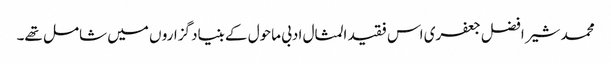
محمد شیر افضل جعفری اس فقید المثال ادبی ماحول کے بنیاد گزارو ں میں شامل تھے۔